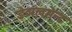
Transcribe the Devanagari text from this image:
डेव्पलमेन्ट